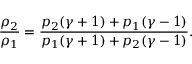
\frac { \rho _ { 2 } } { \rho _ { 1 } } = \frac { p _ { 2 } ( \gamma + 1 ) + p _ { 1 } ( \gamma - 1 ) } { p _ { 1 } ( \gamma + 1 ) + p _ { 2 } ( \gamma - 1 ) } .